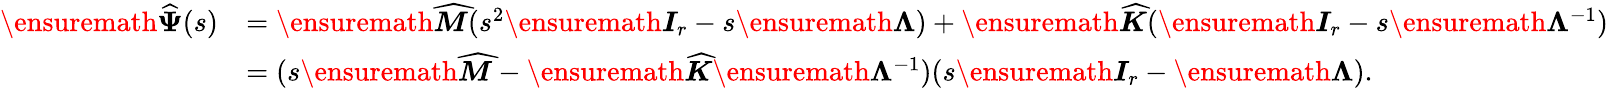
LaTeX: \begin{array}{rl}{\ensuremath{\widehat{\boldsymbol{\Psi}}}(s)}&{=\ensuremath{\skew 4\widehat{\boldsymbol{M}}}(s^{2}\ensuremath{\boldsymbol{I}}_{r}-s\ensuremath{\boldsymbol{\Lambda}})+\ensuremath{\skew 4\widehat{\boldsymbol{K}}}(\ensuremath{\boldsymbol{I}}_{r}-s\ensuremath{\boldsymbol{\Lambda}}^{-1})}\\ &{=(s\ensuremath{\skew 4\widehat{\boldsymbol{M}}}-\ensuremath{\skew 4\widehat{\boldsymbol{K}}}\ensuremath{\boldsymbol{\Lambda}}^{-1})(s\ensuremath{\boldsymbol{I}}_{r}-\ensuremath{\boldsymbol{\Lambda}}).}\end{array}